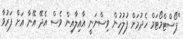
"ޕޯސްޓްމޯޓަމް ހެދުމަށް ފުލުހުން ވިސްނަނީ އާއިލާއިން ވެސް އެދޭ އޭނާ އަށް ފަރުވާ